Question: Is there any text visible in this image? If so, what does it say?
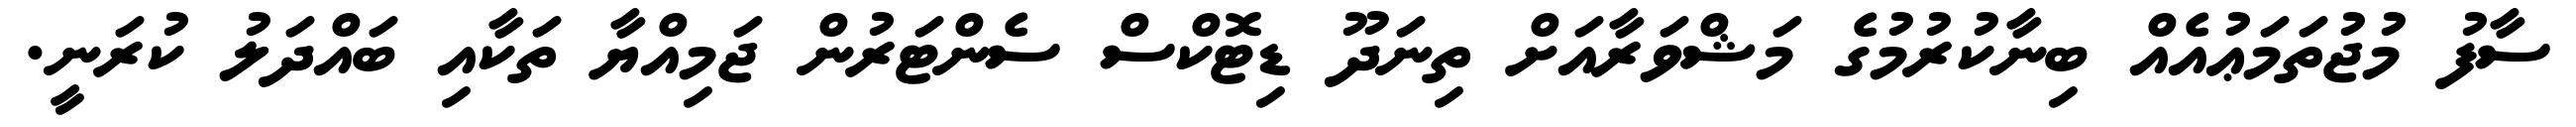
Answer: ސާފު މުޖުތަމަޢުއެއް ބިނާކުރުމުގެ މަޝްވަރާއަށް ތިނަދޫ ޑިޓޮކްސް ސެންޓަރުން ޖަމިއްޔާ ތަކާއި ބައްދަލު ކުރަނީ.